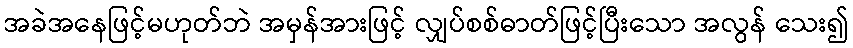
အခဲအနေဖြင့်မဟုတ်ဘဲ အမှန်အားဖြင့် လျှပ်စစ်ဓာတ်ဖြင့်ပြီးသော အလွန် သေး၍